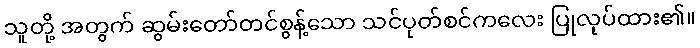
သူတို့ အတွက် ဆွမ်းတော်တင်စွန့်သော သင်ပုတ်စင်ကလေး ပြုလုပ်ထား၏။